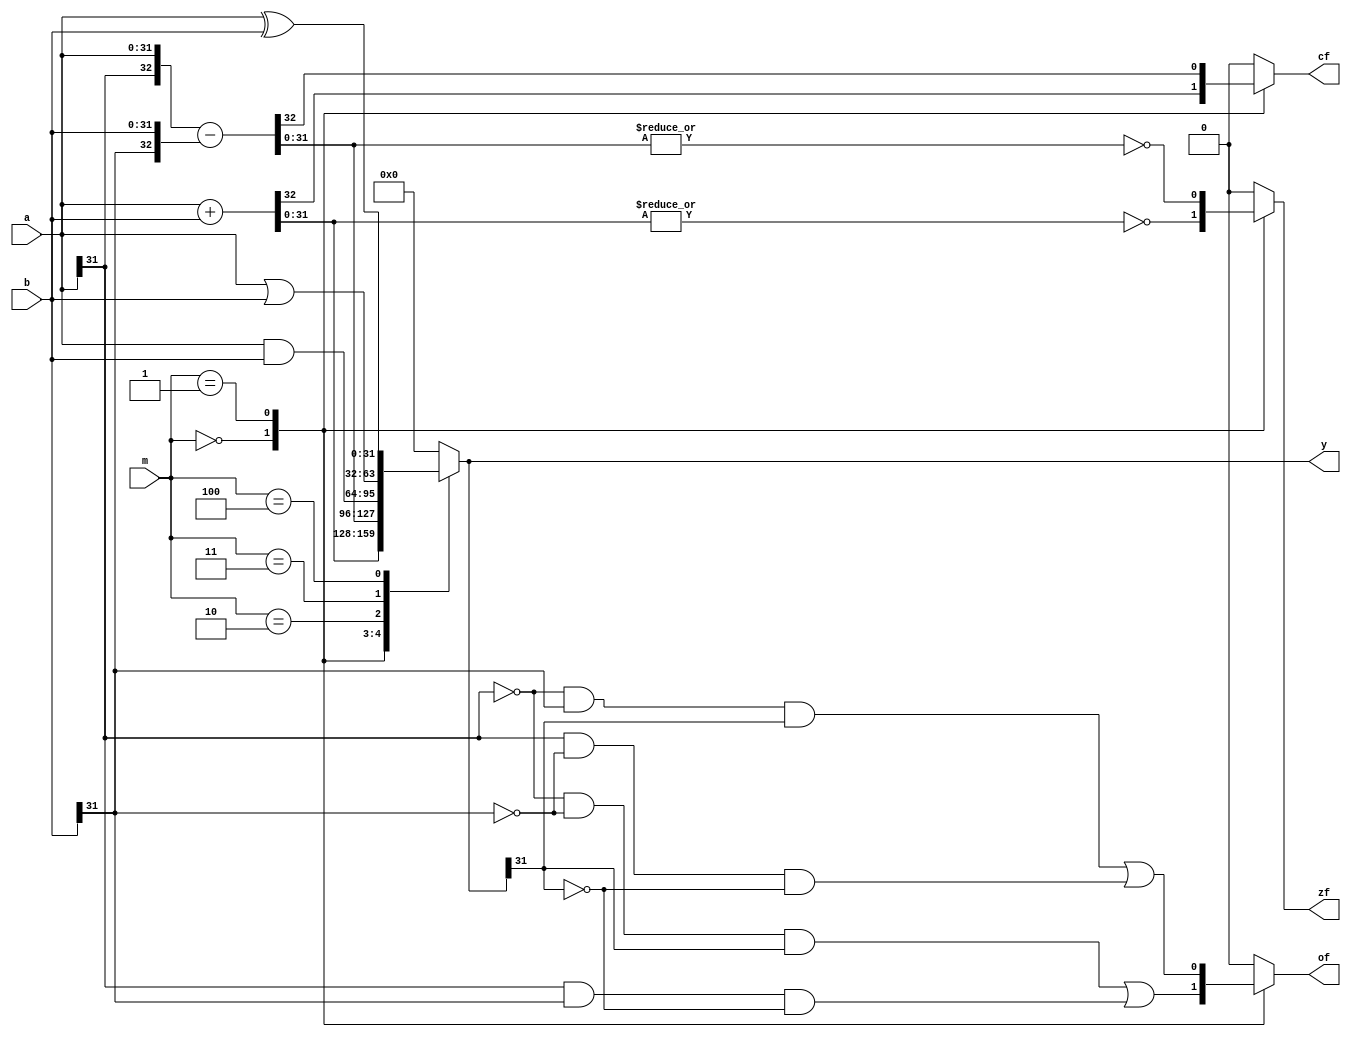
`timescale 1ns/1ps

/// code(ALU_MOD) until endmodule
/// ALU
/// 
///  ALU 
/// 
module ALU
#(
    parameter WIDTH = 32,
    parameter OP_ADD = 3'b000,  //[ ALUparameter           
    parameter OP_SUB = 3'b001,
    parameter OP_AND = 3'b010,
    parameter OP_OR = 3'b011,
    parameter OP_XOR = 3'b100,
    parameter ALUOP_W = 3   //| ALU Cpu4
) (
    output reg [WIDTH-1:0] y, //| 
    output reg  zf, //| 0 flag
    output reg  cf, //|  flag (/)
    output reg  of, //|  flag
    input [WIDTH-1:0] a, //| 
    input [WIDTH-1:0] b, //| 
    input [ALUOP_W-1:0] m //] aluop
);
    // ALU
    /// doc_omit begin
    /// code(ALU_always) until codeend
    /// always block `{y, zf, cf, of} = 0;` 
    wire a_msb = a[WIDTH-1];
    wire b_msb = b[WIDTH-1];
    wire y_msb = y[WIDTH-1];
    always @(*) begin
        {y, zf, cf, of} = 0; //[ 
        case(m)
            OP_ADD: begin
                {cf, y} = a + b; //| cf 
                of = (~a_msb & ~b_msb &  y_msb) //| 
                    | (a_msb &  b_msb & ~y_msb);
                zf = ~(|y);  //| 0
            end
            OP_SUB: begin
                {cf, y} = {a_msb, a} - {b_msb, b};
                of = (~a_msb &  b_msb &  y_msb)
                   | ( a_msb & ~b_msb & ~y_msb);//| 
                zf = ~ (|y);
            end
            OP_AND: y = a & b;
            OP_OR: y = a | b;
            OP_XOR: y = a ^ b;
            default: ; //] 
        endcase
    end
    //codeend

    /// doc_omit end


endmodule